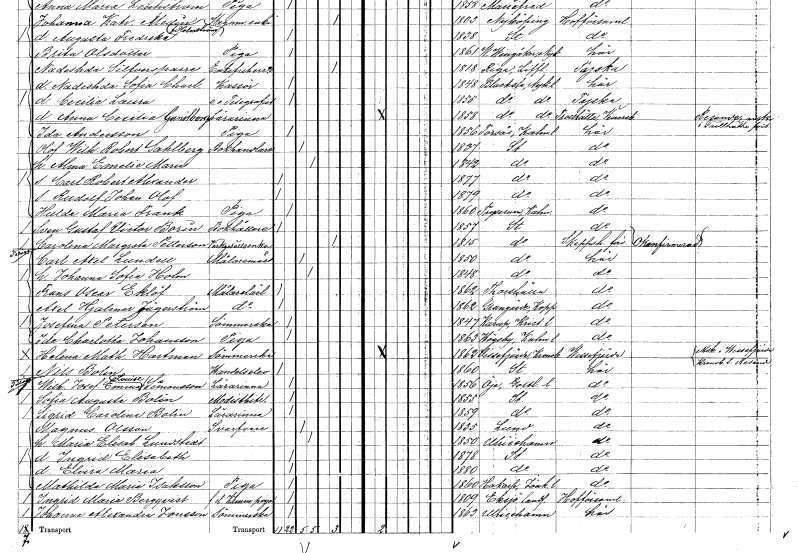
gt_parse: households: individuals: FN: Rudolf Johan Olof
KON: M
CIV: O
FODAR: 1879
FODFORS: Stockholm
FN: Hulda Maria
EN: Frank
YRKE: Piga
KON: K
CIV: O
FODAR: 1860
FODFORS: Tryserum Östergötlands län
FN: Sven Gustaf Victor
EN: Borin
YRKE: Bokhållare
KON: M
CIV: O
FODAR: 1857
FODFORS: Stockholm
FN: Carolina Margreta
EN: Petterson
YRKE: Verksgesällsänka
KON: K
CIV: E
FODAR: 1815
FODFORS: Stockholm
FN: Carl Axel
EN: Lundell
YRKE: Målarmästare
KON: M
CIV: G
FODAR: 1850
FODFORS: Stockholm
FN: Johanna Sofia
EN: Holm
KON: K
CIV: G
FODAR: 1848
FODFORS: Stockholm
FN: Frans Oscar
EN: Eklöf
YRKE: Målarelärling
KON: M
CIV: O
FODAR: 1862
FODFORS: Torshälla Södermanlands län
FN: Axel Hjalmar
EN: Jägerström
YRKE: Målarelärling
KON: M
CIV: O
FODAR: 1862
FODFORS: Grangärde Kopparbergs län
FN: Josefina
EN: Peterson
YRKE: Sömmerska
KON: K
CIV: O
FODAR: 1847
FODFORS: Karup Kristianstads län
FN: Ida Charlotta
EN: Johansson
YRKE: Piga
KON: K
CIV: O
FODAR: 1863
FODFORS: Högsby Kalmar län
FN: Helena Mathilda
EN: Hartman
YRKE: Sömmerska
KON: K
CIV: O
FODAR: 1862
FODFORS: Vissefjärda Kalmar län
FN: Nils
EN: Bolin
YRKE: Handelselev
KON: M
CIV: O
FODAR: 1860
FODFORS: Stockholm
FN: Wilhelmina Josefina Emma Louise
EN: Simonsson
YRKE: Lärarinna
KON: K
CIV: O
FODAR: 1856
FODFORS: Öja Gotlands län
FN: Sofia Augusta
EN: Bolin
YRKE: Modistbiträde
KON: K
CIV: O
FODAR: 1855
FODFORS: Stockholm
FN: Sigrid Carolina
EN: Bolin
YRKE: Lärarinna
KON: K
CIV: O
FODAR: 1859
FODFORS: Stockholm
FN: Magnus
EN: Olsson
YRKE: Svarvare
KON: M
CIV: G
FODAR: 1835
FODFORS: Lund Malmöhus län
FN: Maria Elisabet
EN: Lundstedt
KON: K
CIV: G
FODAR: 1850
FODFORS: Ulricehamn Älvsborgs län
FN: Ingrid Elisabeth
KON: K
CIV: O
FODAR: 1878
FODFORS: Stockholm
FN: Elvira Maria
KON: K
CIV: O
FODAR: 1880
FODFORS: Stockholm
FN: Mathilda Maria
EN: Isaksson
YRKE: Piga
KON: K
CIV: O
FODAR: 1860
FODFORS: Hakarp Jönköpings län
FN: Ingrid Maria
EN: Bergqvist
YRKE: Kammarpiga f.d.
KON: K
CIV: O
FODAR: 1809
FODFORS: Eksjö landsförsamling Jönköpings län
FN: Johanna Alexandra
EN: Jonsson
YRKE: Sömmerska
KON: K
CIV: O
FODAR: 1863
FODFORS: Ulricehamn Älvsborgs län